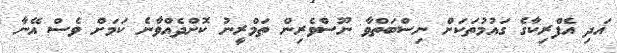
އަދި އެފްރިކާގެ ގައުމުތަކަށް ނިސްބަތްވާ ނޫސްވެރިން ތަމްރީނު ކޮށްދެއްވާނެ ކަމަށް ވެސް އޭނާ